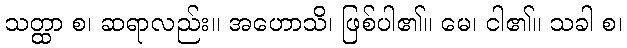
သတ္ထာ စ၊ ဆရာလည်း။ အဟောသိ၊ ဖြစ်ပါ၏။ မေ၊ ငါ၏။ သခါ စ၊